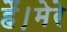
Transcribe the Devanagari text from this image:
हैं।मेरे